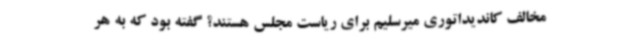
مخالف کاندیداتوری میرسلیم برای ریاست مجلس هستند؟ گفته بود که به‌ هر‌